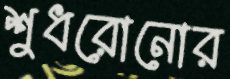
শুধরোনোর